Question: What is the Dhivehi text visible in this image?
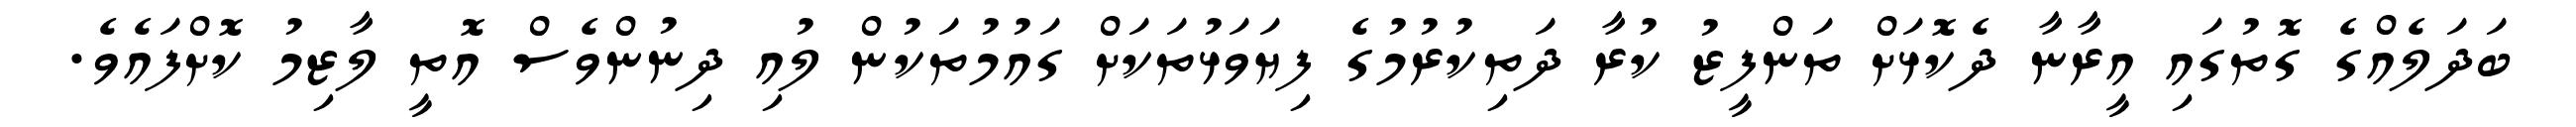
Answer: ބަދަލެއްގެ ގޮތުގައި އީރާނާ ދެކޮޅަށް ތަންފީޒު ކުރާ ދަތިކުރުމުގެ ފިޔަވަޅުތަކަށް ގައުމުތަކުން ލުއި ދިނުންވެސް އޮތީ ލާޒިމު ކޮށްފައެވެ.